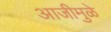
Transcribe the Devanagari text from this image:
आजीमुळे